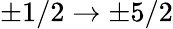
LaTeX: \pm 1/2\rightarrow\pm 5/2